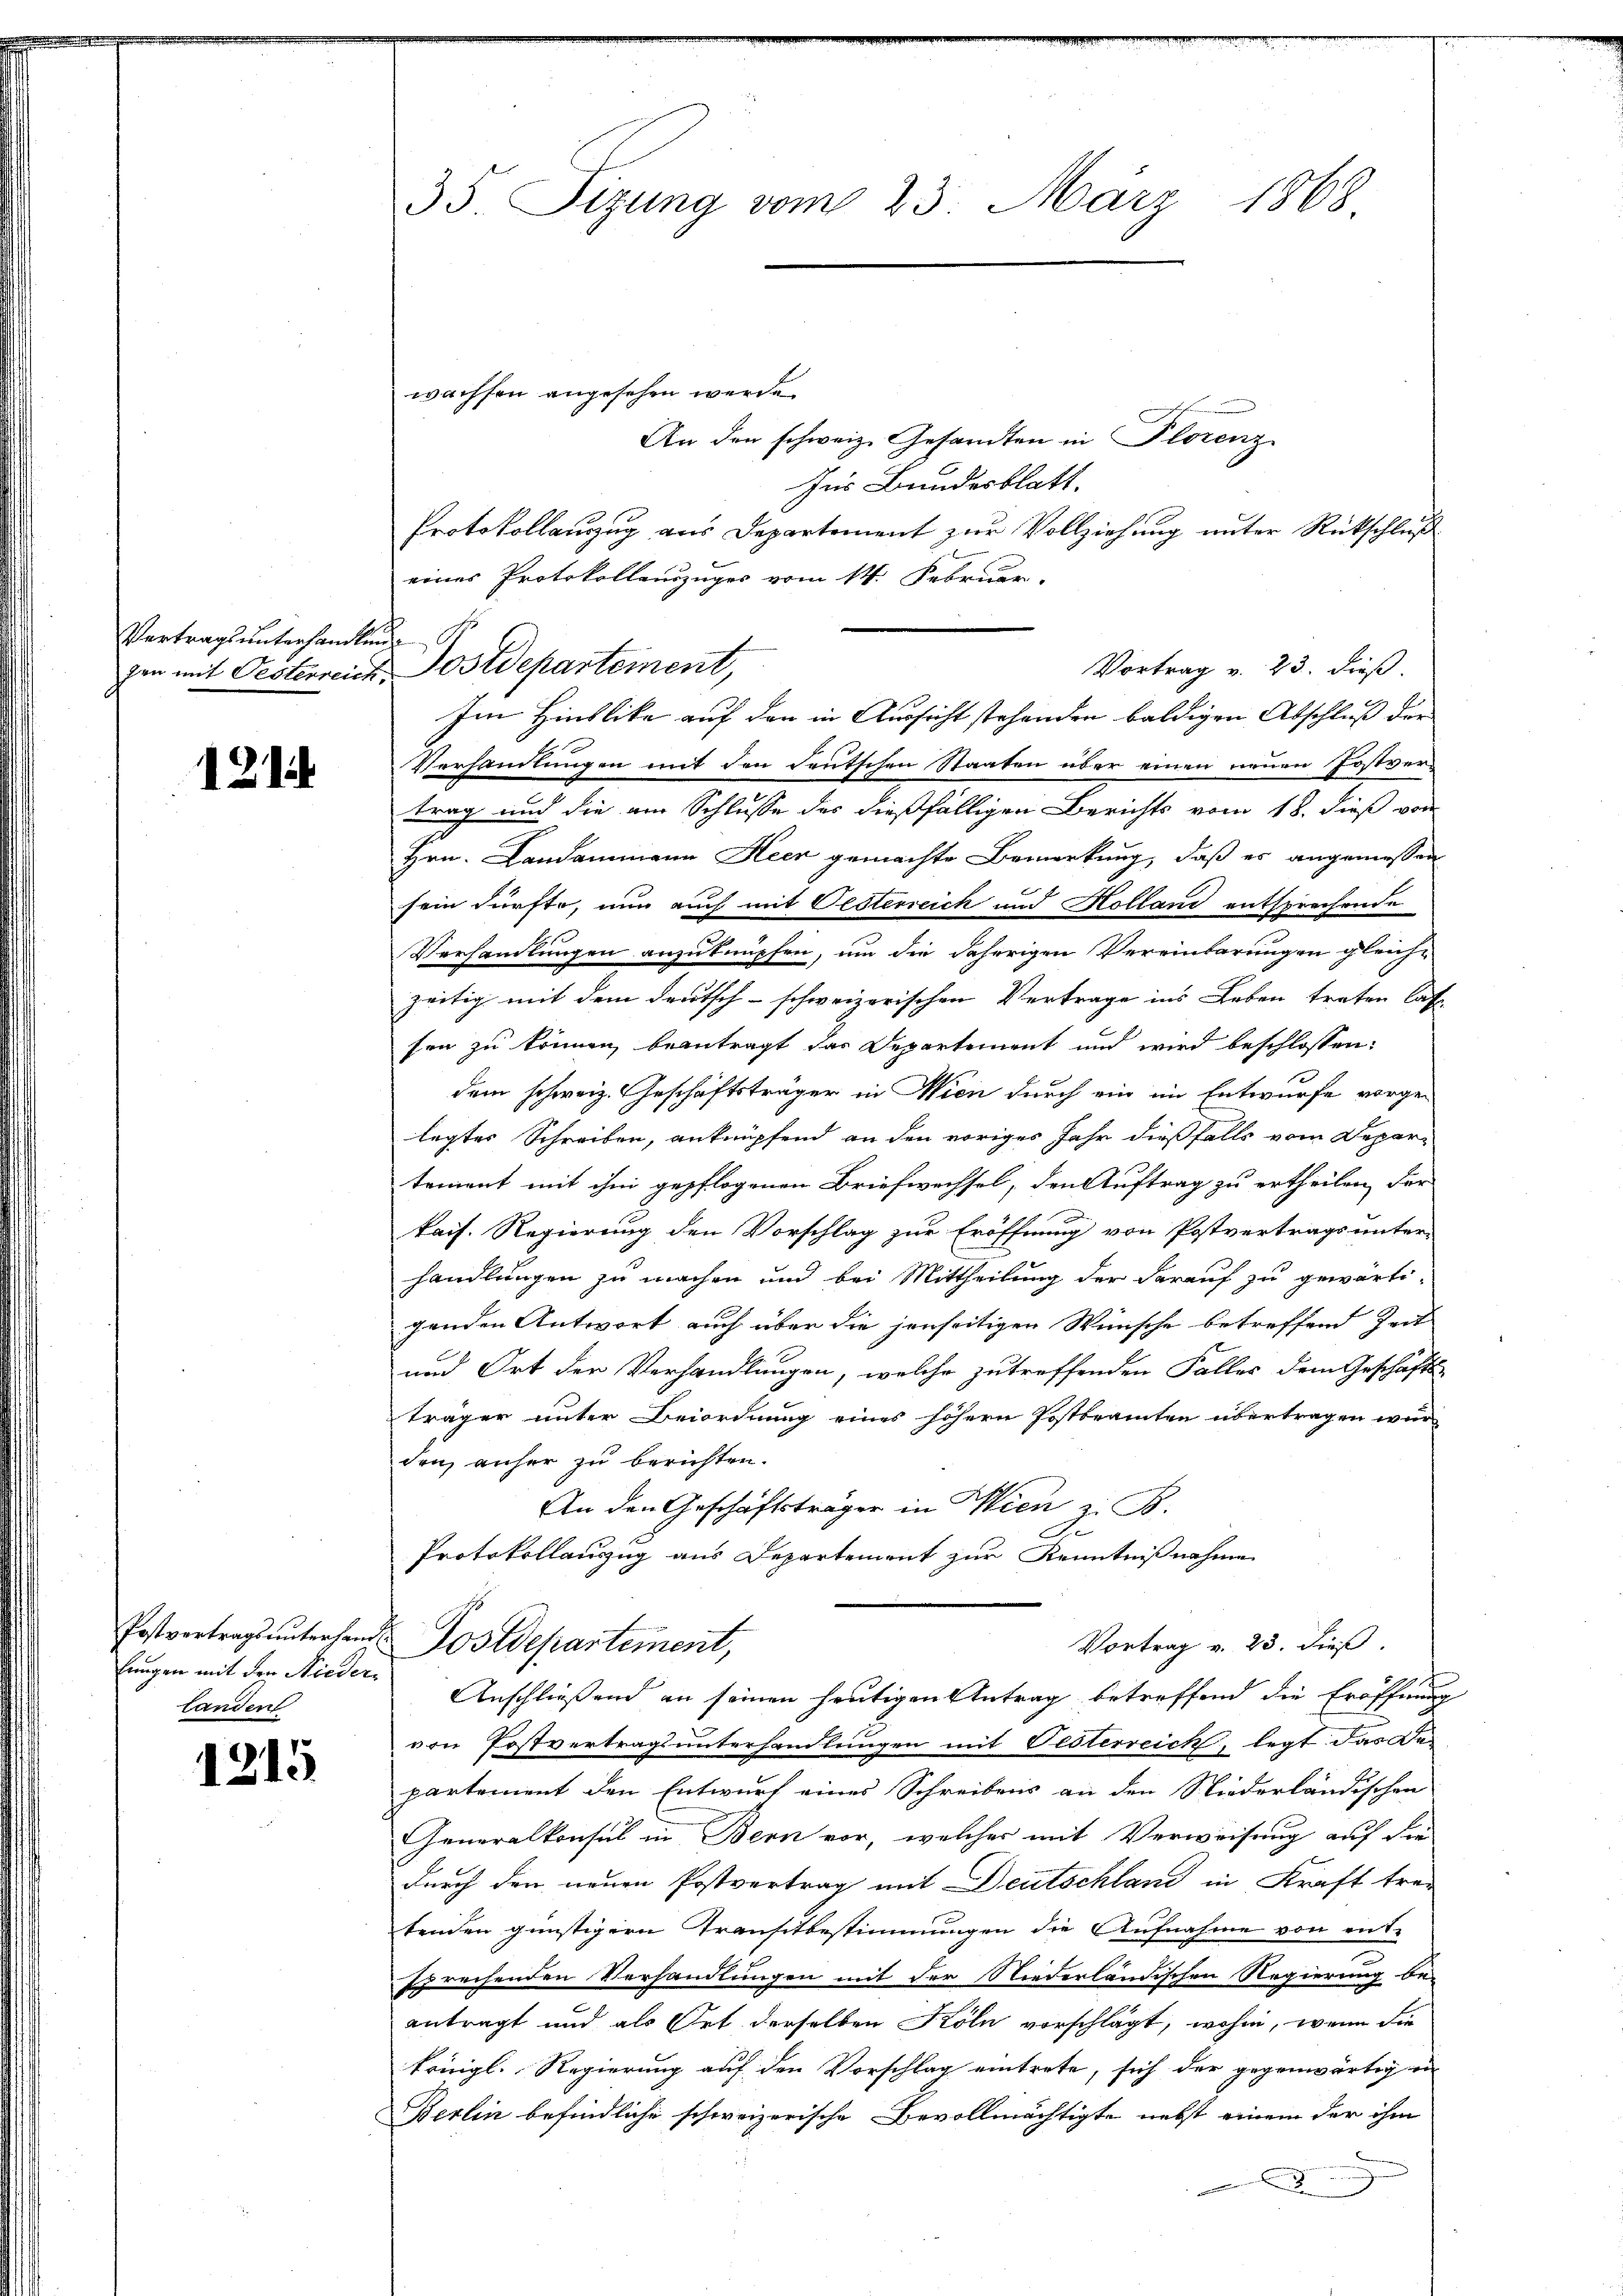
Vertrags unterhandlung
gen mit Oesterreich

121

lungen mit den Niederlanden

1215

35 Sizung vom 23. März 1868

einer Protokollenzuges vom 14. Februar.
u Postdepartement,

wachsen angesehen werde.
An den schweiz. Gesandten in Plorenz
Zur Bundesblatt.
Protokollauszug aus Departement zur Vollziehung unter Rückschluß
Im Hinblike auf den in Aussicht stehenden baldigen Abschluß der
Verhandlungen mit den deutschen Staaten über einen neuen Postver
trag und die am Schlusse des dießfälligen Berichts vom 18. dieß von
Hrn. Landammann Heer gemachte Bemerkung, daß es angemessen
sein dürfte, nun auch mit Oesterreich und Holland entsprechende
Verhandlungen anzuknüpfen, um die daherigen Vereinbarungen gleich-
zeitig mit dem deutsch-schweizerischen Vertrage ins Leben treten lass
sen zu können, beantragt das Departement und wird beschlossen:
fü
dem schweiz. Geschäftsträger in Wien durch ein im Entwurfe vorge-
legtes Schreiben, anknüpfend an den voriges Jahr dießfalls vom Depar-
tement mit ihm gepflogenen Briefwechsel, den Auftrag zu ertheilen, der
kais. Regierung den Vorschlag zur Eröffnung von Postvertrags unter-
handlungen zu machen und bei Mittheilung der darauf zu gewärti-
genden Antwort auch über die jenseitigen Wünsche betreffend Zeit
und Ort der Verhandlungen, welche zu treffenden Faller dem Geschäfts-
träger unter Beiordnung eines höhern Postbeamten übertragen wer
den, anher zu berichten.
An den Geschäftsträger in Wien z. B.
Protokollauszug aus Departement zur Kenntnißnahme
Postvertragsunterhand Postdepartement,
Vortrag v. 23. dieß.
Anschließend an seinen heutigen Antrag betreffend die Eröffnung
von Postvertragsunterhandlungen mit Oesterreich, legt das Departement den Entwurf eines Schreibens an den Niederländischen
Generalkonsul in Bern vor, welches mit Verweisung auf die
durch den neuen Postvertrag mit Deutschland in Kraft trei
tenden günstigern Transitbestimmungen die Aufnahme von ent-
sprechenden Verhandlungen mit der Niederländischen Regierung be-
antragt und als Ort derselben Köln vorschlägt, wohin, wenn die
kringl. Regierung auf den Vorschlag eintrete, sich der gegenwärtig en
Berlin befindliche schweizerische Bevollmächtigte nebst einem der ihm
x
e

Vortrag v. 23. dieß.